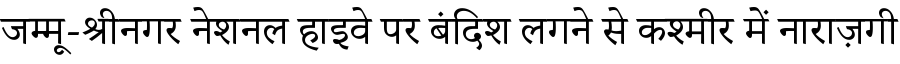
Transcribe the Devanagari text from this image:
जम्मू-श्रीनगर नेशनल हाइवे पर बंदिश लगने से कश्मीर में नाराज़गी